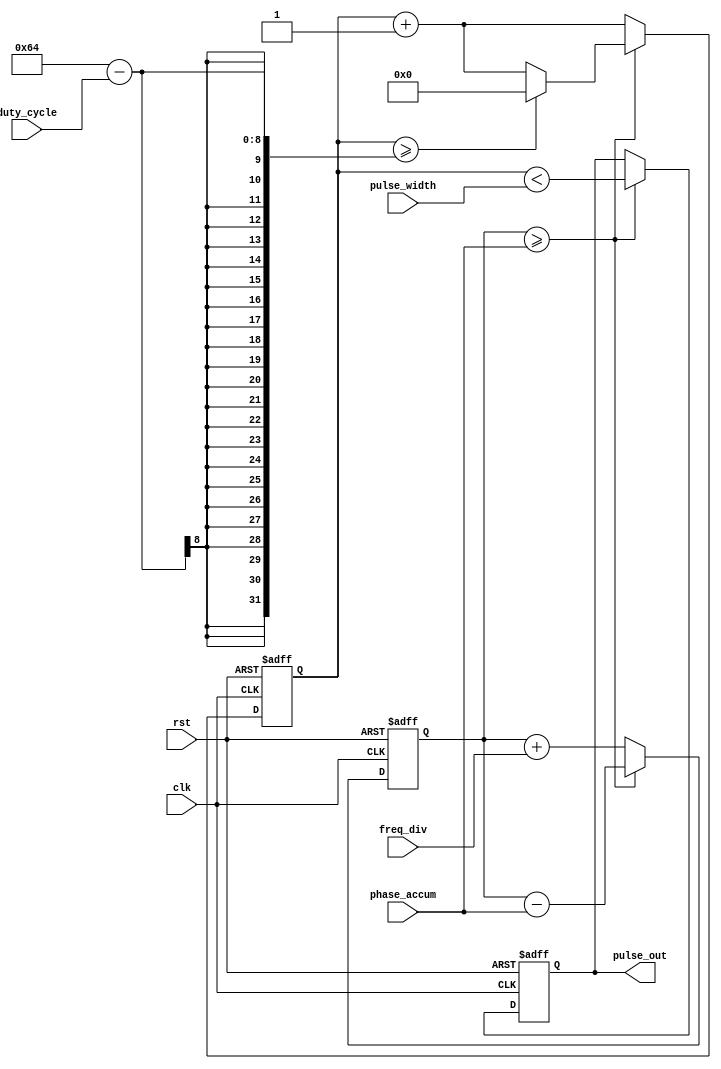
module Variable_Frequency_Pulse_Generator (
    input wire clk,
    input wire rst,
    input wire [7:0] freq_div,
    input wire [15:0] phase_accum,
    input wire [7:0] pulse_width,
    input wire [7:0] duty_cycle,
    output wire pulse_out
);

reg [31:0] phase_counter;
reg [7:0] pulse_counter;
reg pulse_out_reg;

always @(posedge clk or posedge rst) begin
    if (rst) begin
        phase_counter <= 32'h00000000;
        pulse_counter <= 8'h00;
        pulse_out_reg <= 1'b0;
    end else begin
        phase_counter <= phase_counter + freq_div;
        pulse_counter <= pulse_counter + 8'h01;
        
        if (phase_counter >= phase_accum) begin
            phase_counter <= phase_counter - phase_accum;
            pulse_out_reg <= (pulse_counter < pulse_width);
            
            if (pulse_counter >= 100 - duty_cycle) begin
                pulse_counter <= 8'h00;
            end
        end
    end
end

assign pulse_out = pulse_out_reg;

endmodule